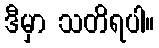
ဒီမှာ သတိရပါ။